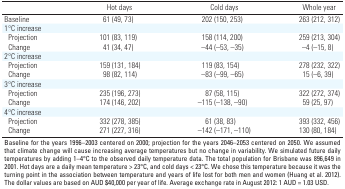
<table><thead><tr><td></td><td><b>Hot days</b></td><td><b>Cold days</b></td><td><b>Whole year</b></td></tr></thead><tbody><tr><td>Baseline</td><td>61 (49, 73)</td><td>202 (150, 253)</td><td>263 (212, 312)</td></tr><tr><td>1°C increase</td></tr><tr><td>Projection</td><td>101 (83, 119)</td><td>158 (114, 200)</td><td>259 (213, 304)</td></tr><tr><td>Change</td><td>41 (34, 47)</td><td>–44 (–53, –35)</td><td>–4 (–15, 8)</td></tr><tr><td>2°C increase</td></tr><tr><td>Projection</td><td>159 (131, 184)</td><td>119 (83, 154)</td><td>278 (232, 322)</td></tr><tr><td>Change</td><td>98 (82, 114)</td><td>–83 (–99, –65)</td><td>15 (–6, 39)</td></tr><tr><td>3°C increase</td></tr><tr><td>Projection</td><td>235 (196, 273)</td><td>87 (58, 115)</td><td>322 (272, 374)</td></tr><tr><td>Change</td><td>174 (146, 202)</td><td>–115 (–138, –90)</td><td>59 (25, 97)</td></tr><tr><td>4°C increase</td></tr><tr><td>Projection</td><td>332 (278, 385)</td><td>61 (38, 83)</td><td>393 (332, 456)</td></tr><tr><td>Change</td><td>271 (227, 316)</td><td>–142 (–171, –110)</td><td>130 (80, 184)</td></tr><tr><td colspan="4">Baseline for the years 1996–2003 centered on 2000;projection for the years 2046–2053 centered on 2050. We assumed thatclimate change will cause increasing average temperatures but no changein variability. We simulated future daily temperatures by adding 1–4°Cto the observed daily temperature data. The total population forBrisbane was 896,649 in 2001. Hot days are a daily mean temperature &gt;23°C, and cold days &lt; 23°C. We chose this temperature because it wasthe turning point in the association between temperature and years oflife lost for both men and women (Huang et al. 2012). The dollar valuesare based on AUD $40,000 per year of life. Average exchange rate inAugust 2012: 1 AUD = 1.03 USD.</td></tr></tbody></table>